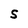
Character: S